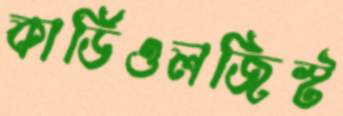
কার্ডিওলজিস্ট